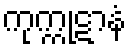
ကုက္ကုဋာနံ